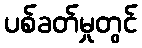
ပစ်ခတ်မှုတွင်